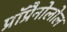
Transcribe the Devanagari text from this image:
प्रॉप्रैनोलोल